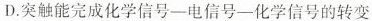
D.突触能完成化学信号-电信号-化学信号的转变